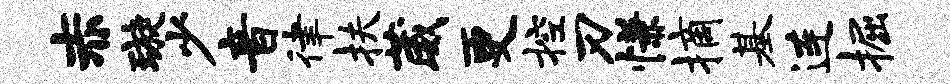
赤璇少音律扶葳更控刃慊摘基连掘